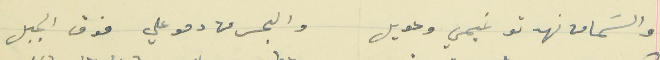
والسَما من نهدتو غيمي وعويل                                  والبحر من دمو علي فوق الجبل